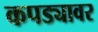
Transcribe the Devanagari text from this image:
कपड्यावर